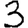
Digit: 3